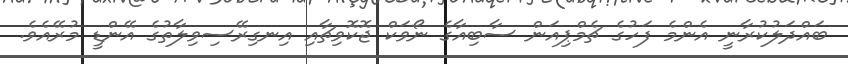
ބައްދަލުކުރާނީ އެންމެ ފަހުގެ ޗެމްޕިއަން ސާބިއާގެ ނޯވަކް ޖޮކޮވިޗާއި އިނގިރޭސިވިލާތުގެ އޭންޑީ މުރޭއެވެ.